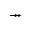
\twoheadrightarrow